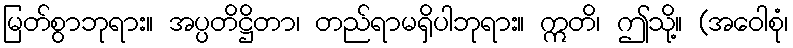
မြတ်စွာဘုရား။ အပ္ပတိဋ္ဌိတာ၊ တည်ရာမရှိပါဘုရား။ ဣတိ၊ ဤသို့။ (အဝေါစုံ၊